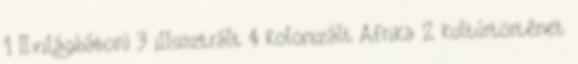
1 II.világháború 3 illusztrált 4 kolonizált Afrika 2 kultúrtörténet